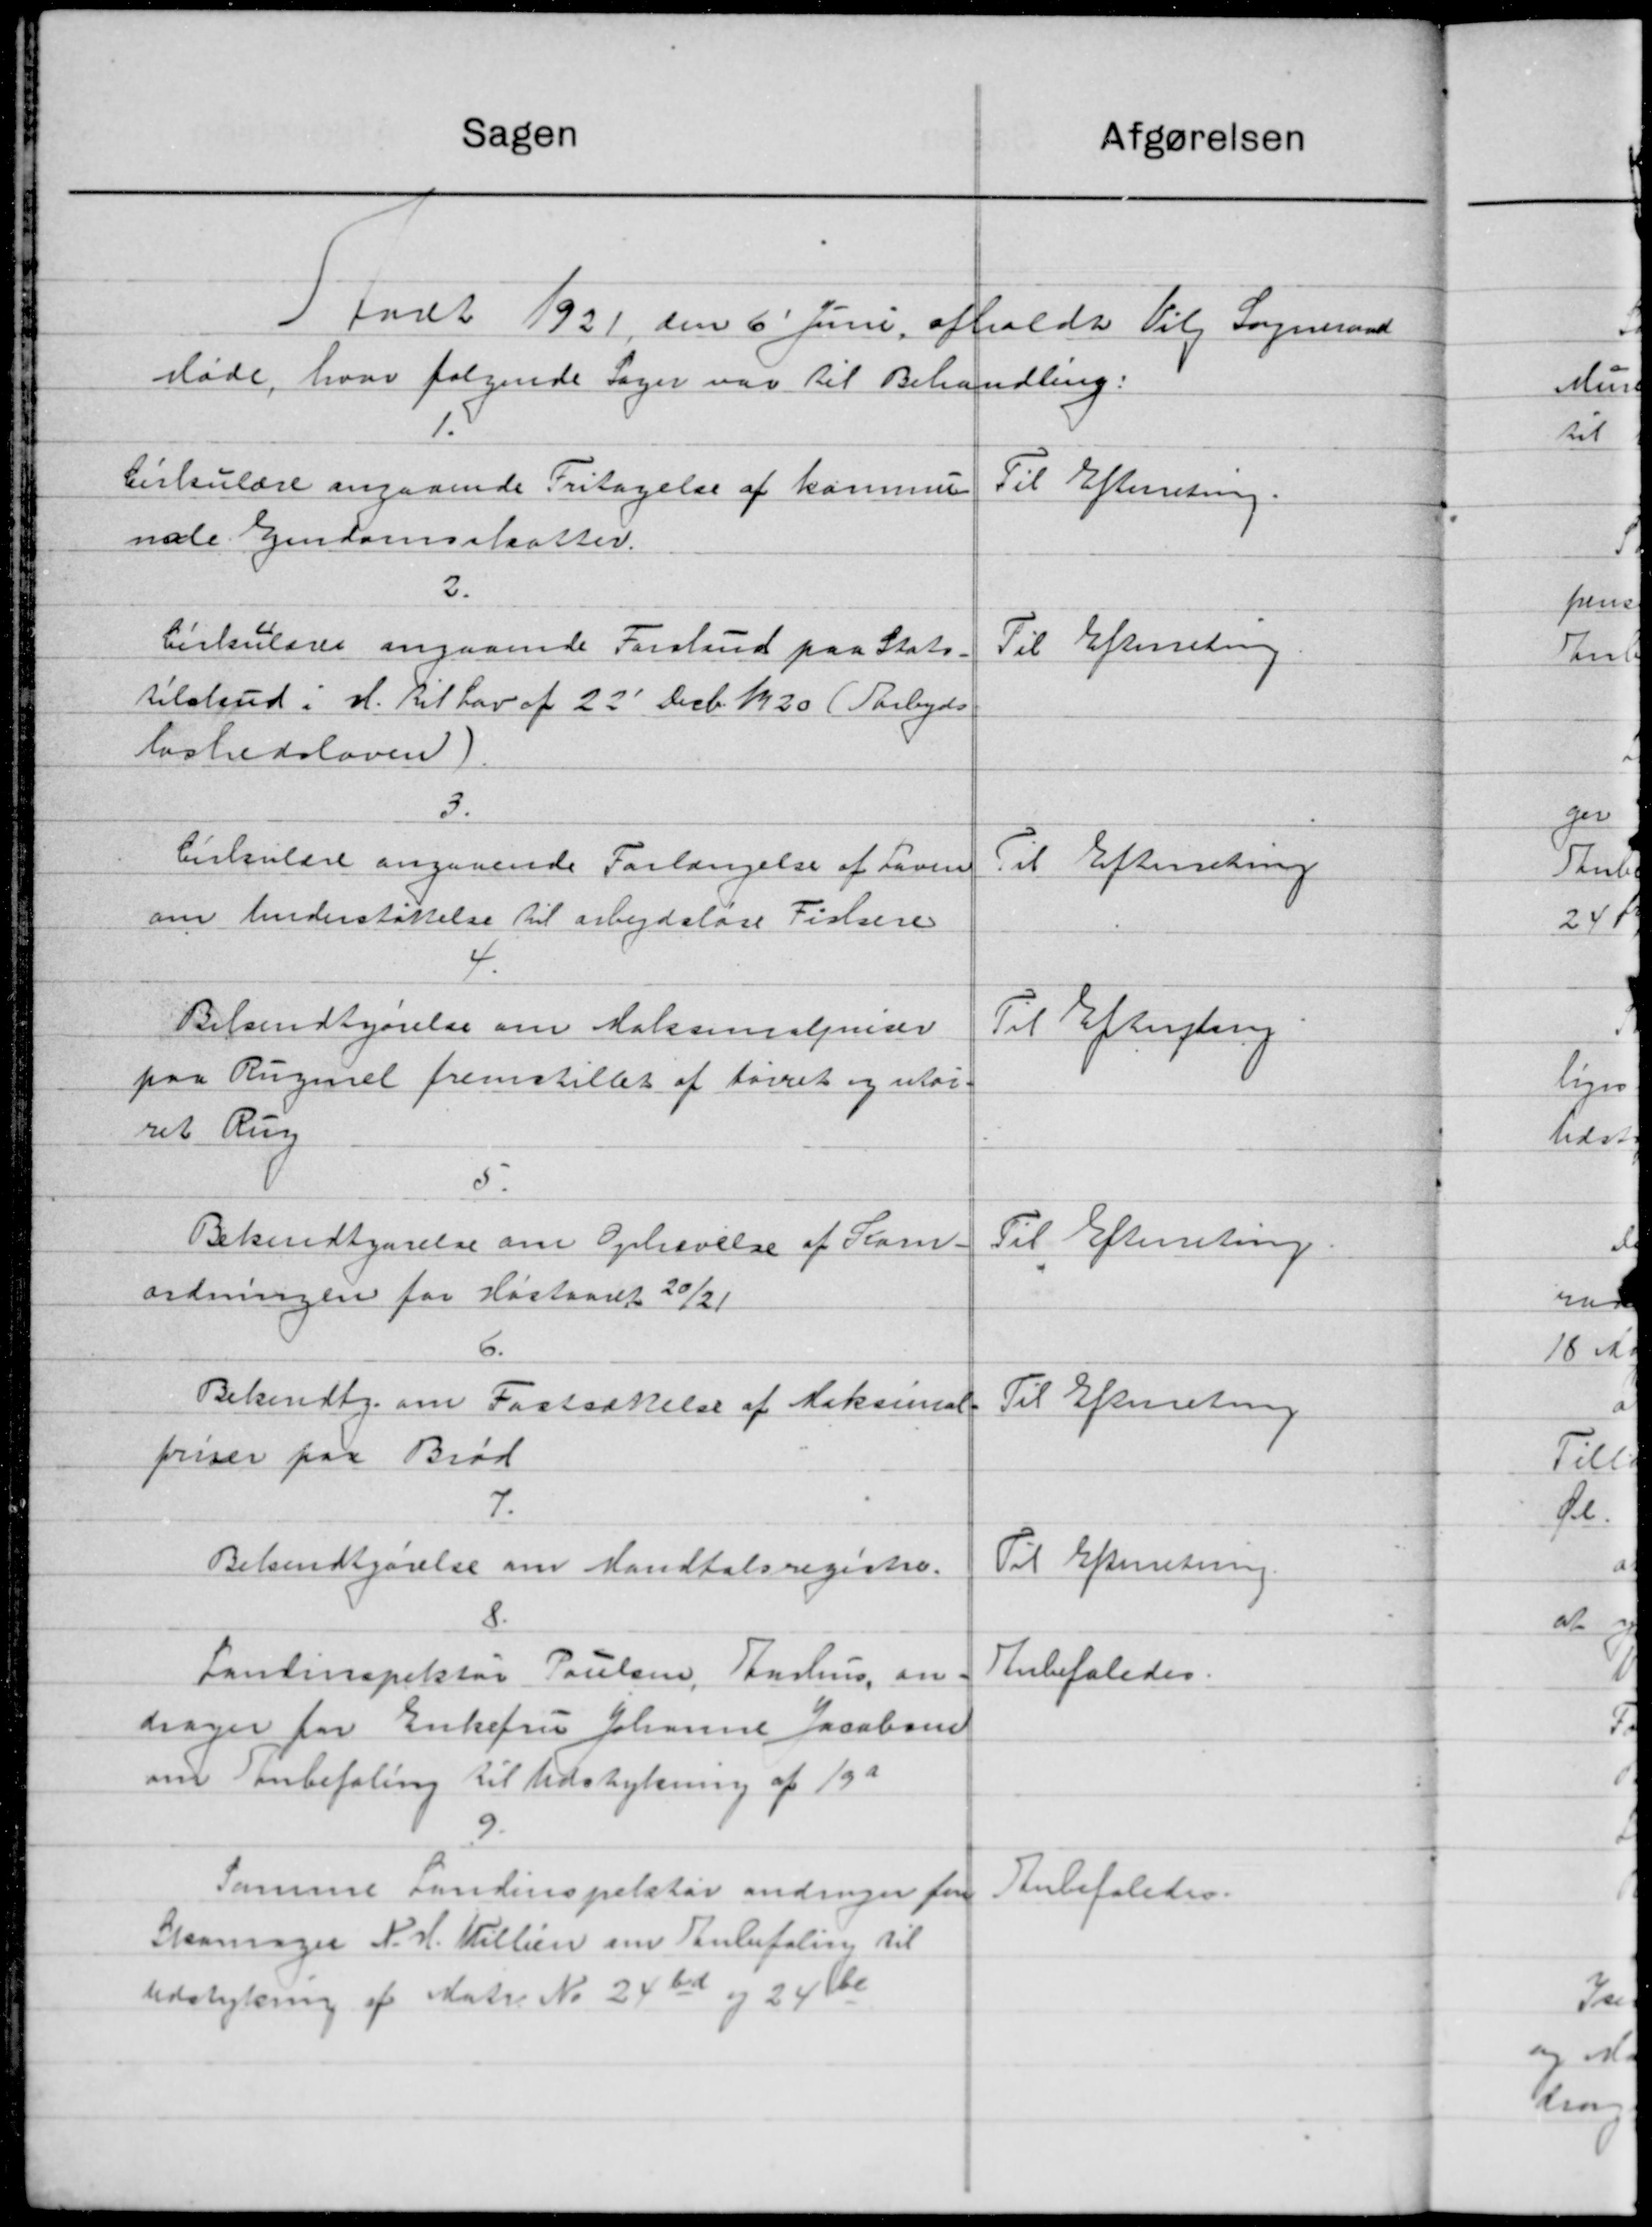
Transskription:
Sagen
Afgørelsen
 faret 1921 den 6' Juni afholdt Vilg Sogneraad
Møde, hvor følgende Sager var til Behandling:
1.8
Cirkulære angaaende Fritagelse af kommune
Til Efterretning.
nale Ejendomsskatter.
2.
Cirkulærer angaaende Forsland paa Stats
Til Efterretning
tilskud i H. til Lov af 22' Decb. 1920. (Parbyds
løshedsloven
3.
Cirkulære angaaende Forlængelse af Loven
Til Efterretning
om Understøttelse til arbejdsløse Fiskere
4.
Bilsendtgørelse om Maksimalpriser
Til Efterling
paa Rugnsel fremstillet af tørret og utør.
ret Rug
5.
Til Efterretning
Bekendtgørelse om Ophævelse af Kom-
ordningen for Høstaaret 20/21
6.
Bekendtg. om Fastsættelse af Maksimal-
Til Efterretning.
priser paa Brød
7.
Til Efterretning.
Bekendtgørelse om Mandtalsregistre.
8.
Anbefaledes.
Landinspektør Poulsen, Aarhus, en
drager for Enkefru Johanne Jacobsen
om Anbefaling til Udstykning af 19 a
9.
Samme Landinspektør andrager for
Anbefaledes.
Skomager N. H. Willien om Tanbefaling til
Udstykning af Matr. No. 24 til og 24 be